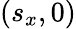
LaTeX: (s_{x},0)